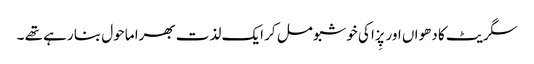
سگریٹ کا دھواں اور پِزا کی خوشبو مل کر ایک لذت بھرا ماحول بنا رہے تھے ۔